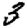
Digit: 3